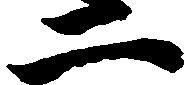
二